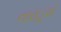
નાયડૂએ